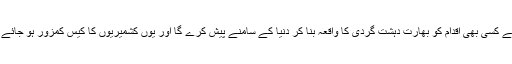
ایسے کسی بھی اقدام کو بھارت دہشت گردی کا واقعہ بنا کر دنیا کے سامنے پیش کرے گا اور یوں کشمیریوں کا کیس کمزور ہو جائے گا۔